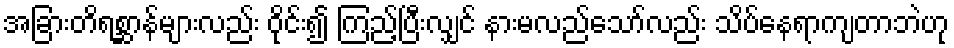
အခြားတိရစ္ဆာန်များလည်း ဝိုင်း၍ ကြည့်ပြီးလျှင် နားမလည်သော်လည်း သိပ်နေရာကျတာဘဲဟု